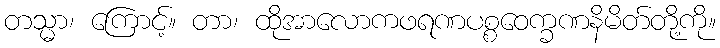
တသ္မာ၊ ကြောင့်။ တာ၊ ထိုအာလောကဖရဏပစ္စဝေက္ခဏနိမိတ်တို့ကို။